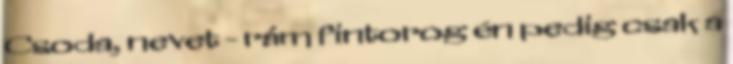
Csoda, nevet - rám fintorog én pedig csak a